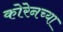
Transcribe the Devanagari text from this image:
कोरेनच्या